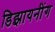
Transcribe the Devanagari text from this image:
डिझायनींग